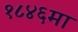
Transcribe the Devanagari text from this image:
१८४६मा